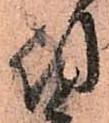
付